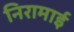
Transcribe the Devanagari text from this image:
निरामाई